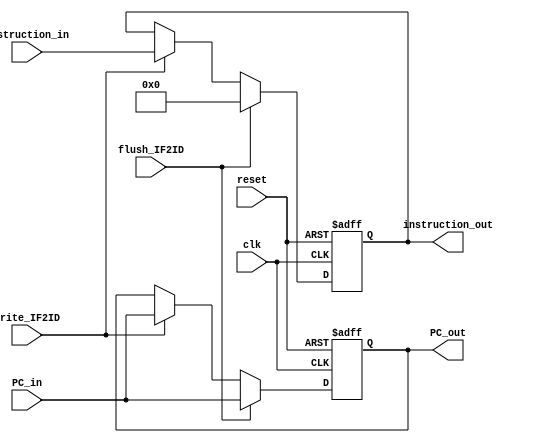
//register from IF to ID
module IF2ID(clk, reset, instruction_in, instruction_out, 
    PC_in, PC_out, flush_IF2ID, Write_IF2ID);
    input clk;
    input reset;
    input flush_IF2ID;
    input [31:0] instruction_in;
    input [31:0] PC_in;
    input Write_IF2ID; 
    
    output [31:0] instruction_out;
    output [31:0] PC_out;
    
    reg [31:0] instruction_out;
    reg [31:0] PC_out;
    
    always @(posedge clk or posedge reset)
    begin
        if (reset)
        begin 
            PC_out <= 32'h8000_0000;
            instruction_out <= 32'h0000_0000;
        end
        else if (flush_IF2ID)
        begin
            PC_out <= PC_in;
            instruction_out <= 32'h0000_0000;
        end
        else if(Write_IF2ID)
        begin
            instruction_out <= instruction_in;
            PC_out <= PC_in;
        end
    end
endmodule